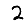
Digit: 2